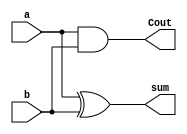
module half_adder(input a, 
                  input b,
                  output sum,
                  output Cout);
assign sum=a^b;
assign Cout=a&b;
endmodule